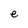
Character: e